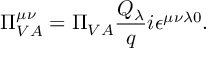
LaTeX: \Pi _ { V A } ^ { \mu \nu } = \Pi _ { V A } \frac { Q _ { \lambda } } { q } i \epsilon ^ { \mu \nu \lambda 0 } .